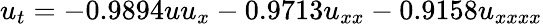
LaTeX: u_{t}=-0.9894uu_{x}-0.9713u_{xx}-0.9158u_{xxxx}